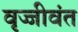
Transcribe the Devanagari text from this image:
वृज्जीवंत